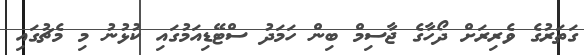
ގަތަރުގެ ވެރިރަށް ދޯހާގެ ޖާސިމް ބިން ހަމަދު ސްޓޭޑިއަމުގައި ކުޅުނު މި މެޗުގައި